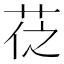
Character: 𦮩